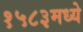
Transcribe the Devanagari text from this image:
१५८३मध्ये